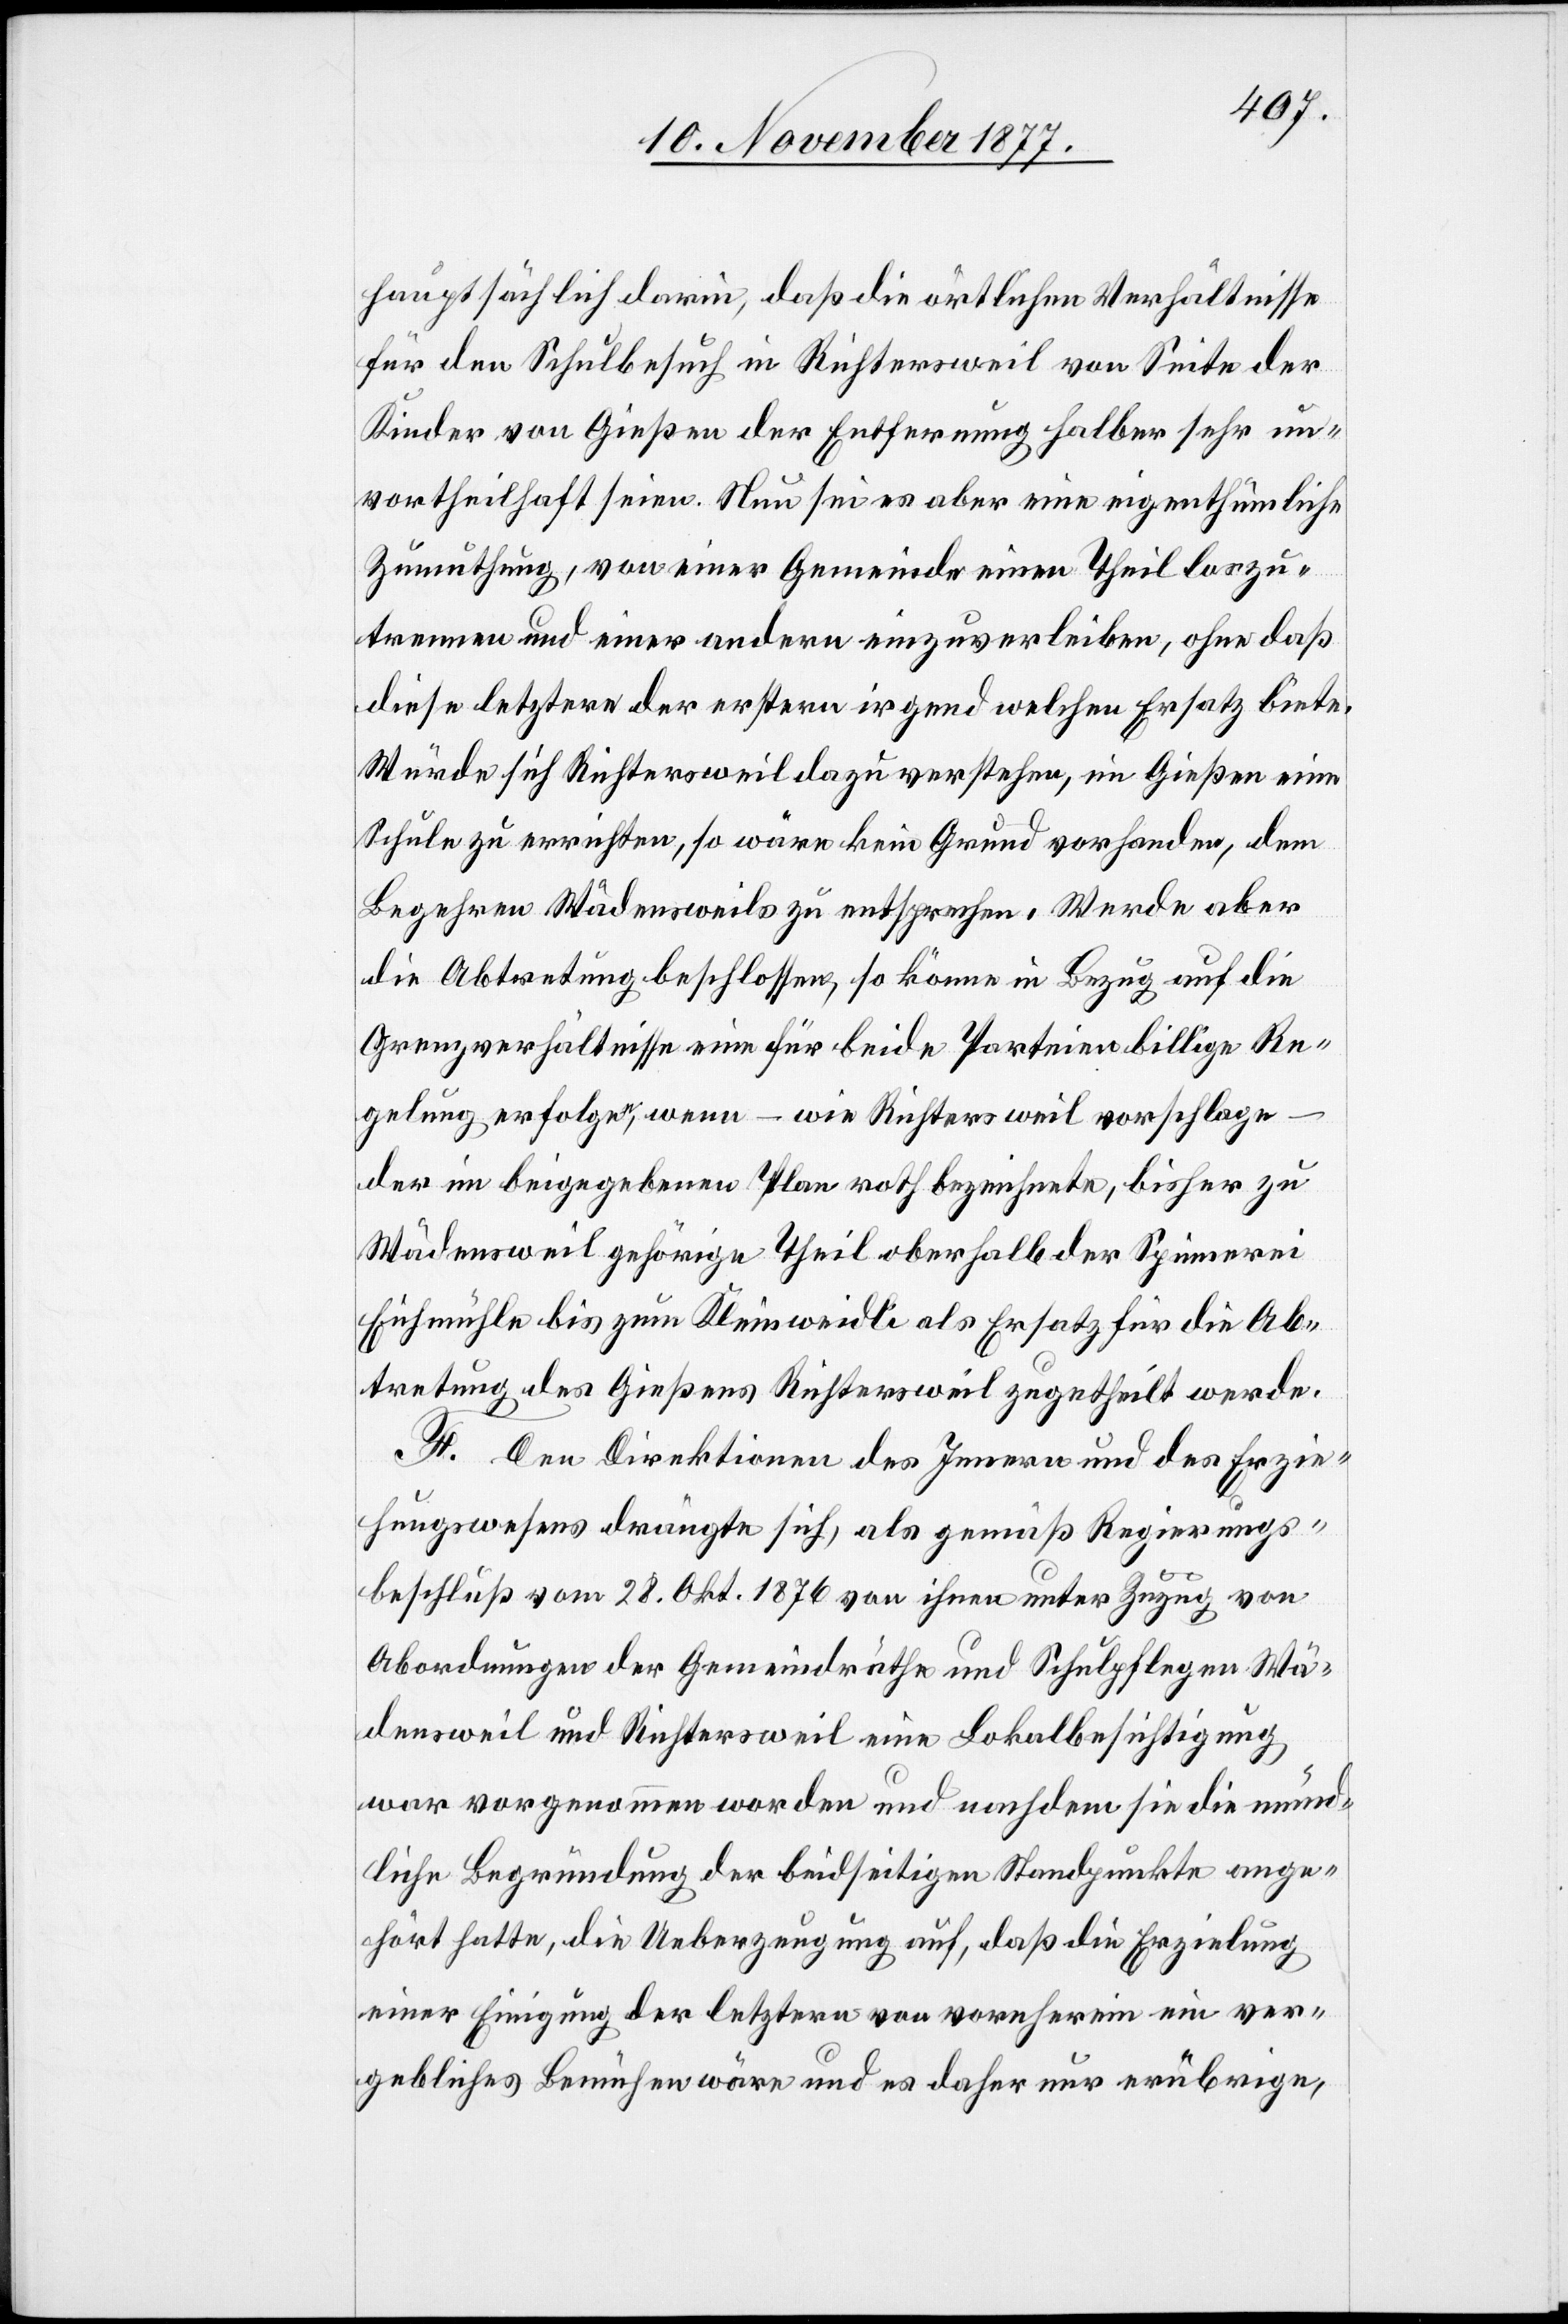
hauptsächlich darin, daß die örtlichen Verhältnisse
für den Schulbesuch in Richtersweil von Seite der
Kinder von Gießen der Entfernung halber sehr un¬
vortheilhaft seien. Nun sei es aber eine eigenthümliche
Zumuthung, von einer Gemeinde einen Theil loszu¬
trennen und einer andern einzuverleiben, ohne daß
diese letztere der erstern irgend welchen Ersatz biete.
Würde sich Richtersweil dazu verstehen, im Gießen eine
Schule zu errichten, so wäre kein Grund vorhanden, dem
Begehren Wädensweils zu entsprechen. Werde aber
die Abtretung beschlossen, so könne in Bezug auf die
Grenzverhältnisse eine für beide Parteien billige Re¬
gelung erfolgen, wenn – wie Richtersweil vorschlage
der im beigegebenen Plan roth bezeichnete, bisher zu
Wädensweil gehörige Theil oberhalb der Spinnerei
Eichmühle bis zum Kleinweidli als Ersatz für die Ab¬
tretung des Gießens Richtersweil zugetheilt werde.
F. Den Direktionen des Innern und des Erzie¬
hungswesens drängte sich, als gemäß Regierungs¬
beschluß vom 28. Okt. 1876 von ihnen unter Zuzug von
Abordnungen der Gemeindräthe und Schulpflegen Wä¬
densweil und Richtersweil eine Lokalbesichtigung
war vorgenommen worden und nachdem sie die münd¬
liche Begründung der beidseitigen Standpunkte ange¬
hört hatte, die Ueberzeugung auf, daß die Erzielung
einer Einigung der letztern von vornherein ein ver¬
gebliches Bemühen wäre und es daher nur erübrige,